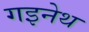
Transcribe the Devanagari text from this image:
गइनेथ